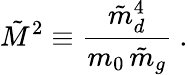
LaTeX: \tilde{M}^{2}\equiv{\frac{\tilde{m}_{d}^{4}}{m_{0}\, \tilde{m}_{g}}}\ .